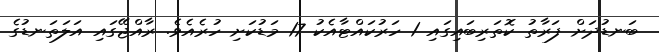
ބަނޑުދަށް ފަރާތު ކޮތަރިބައިގައި 1 ހަރުކައްޓާއެކު 17 މަޑުކަށި ހުރެއެވެ. ރާއްޖޭގައި އަލަތަނޑުގެ